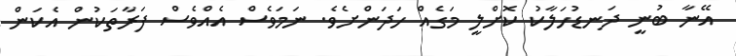
އޭނާ ބުނީ ދަނޑުހަލާކު ކޮށްލީ މަގެއް ހަދަންށެވެ. ނަމަވެސް އެއްވެސް ފަރާތަކުން އެކަން